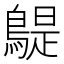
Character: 𪂿